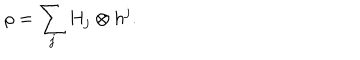
\rho = \sum _ { j } H _ { j } \otimes h ^ { j } .